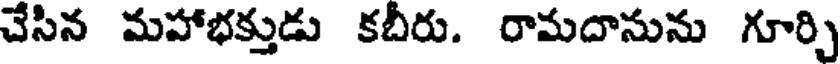
చేసిన మహాభక్తుడు కబీరు. రామదానును గూర్చి